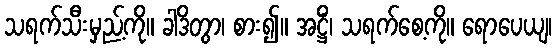
သရက်သီးမှည့်ကို။ ခါဒိတွာ၊ စား၍။ အဋ္ဌိံ၊ သရက်စေ့ကို။ ရောပေယျ၊